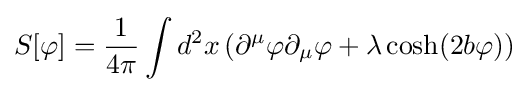
S[\varphi ]={\frac {1}{4\pi }}\int d^{2}x\left(\partial ^{\mu }\varphi \partial _{\mu }\varphi +\lambda \cosh(2b\varphi )\right)